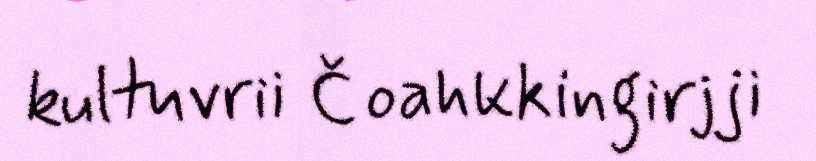
kultuvrii Čoahkkingirjji